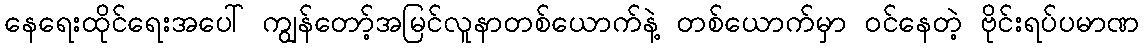
နေရေးထိုင်ရေးအပေါ် ကျွန်တော့်အမြင်လူနာတစ်ယောက်နဲ့ တစ်ယောက်မှာ ဝင်နေတဲ့ ဗိုင်းရပ်ပမာဏ